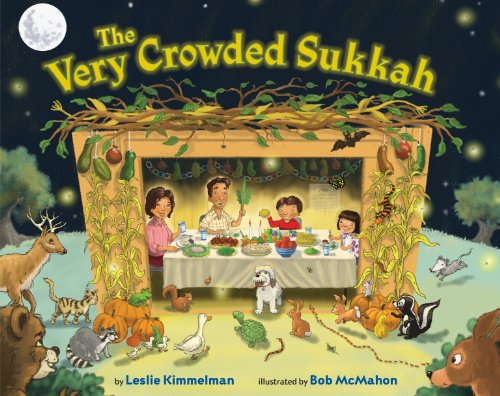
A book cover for The Very Crowded Sukkah; Leslie Kimmelman; Children's Books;